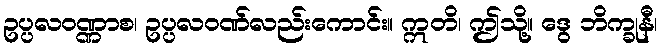
ဥပ္ပလဝဏ္ဏာစ၊ ဥပ္ပလဝဏ်လည်းကောင်း။ ဣတိ၊ ဤသို့။ ဒွေ ဘိက္ခုနီ၊